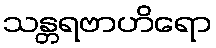
သန္တရဗာဟိရော